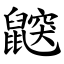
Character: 鼵